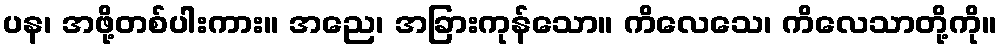
ပန၊ အဖို့တစ်ပါးကား။ အညေ၊ အခြားကုန်သော။ ကိလေသေ၊ ကိလေသာတို့ကို။